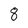
Character: 8